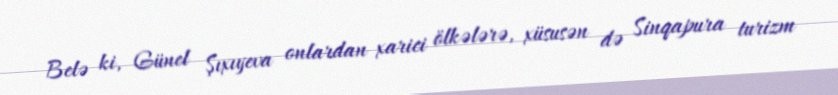
Belə ki, Günel Şıxıyeva onlardan xarici ölkələrə, xüsusən də Sinqapura turizm